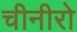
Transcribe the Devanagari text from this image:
चीनीरो